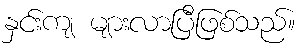
နှင်းကျ များလာပြီဖြစ်သည်။